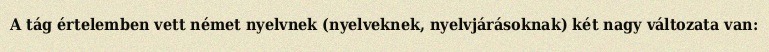
A tág értelemben vett német nyelvnek (nyelveknek, nyelvjárásoknak) két nagy változata van: